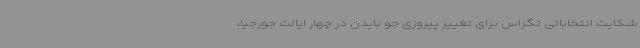
شکایت انتخاباتی تگزاس برای تغییر پیروزی جو بایدن در چهار ایالت جورجیا،